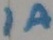
Text: 1A